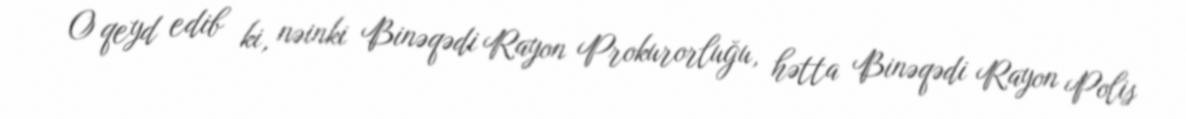
O qeyd edib ki, nəinki Binəqədi Rayon Prokurorluğu, hətta Binəqədi Rayon Polis